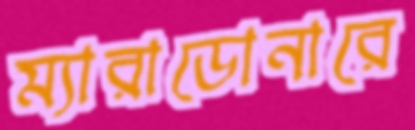
ম্যারাডোনারে